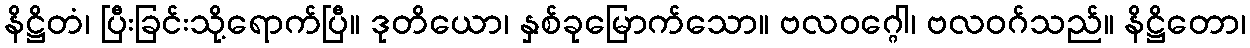
နိဋ္ဌိတံ၊ ပြီးခြင်းသို့ရောက်ပြီ။ ဒုတိယော၊ နှစ်ခုမြောက်သော။ ဗလဝဂ္ဂေါ၊ ဗလဝဂ်သည်။ နိဋ္ဌိတော၊